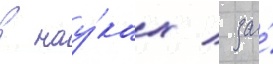
в нау́ках / за́